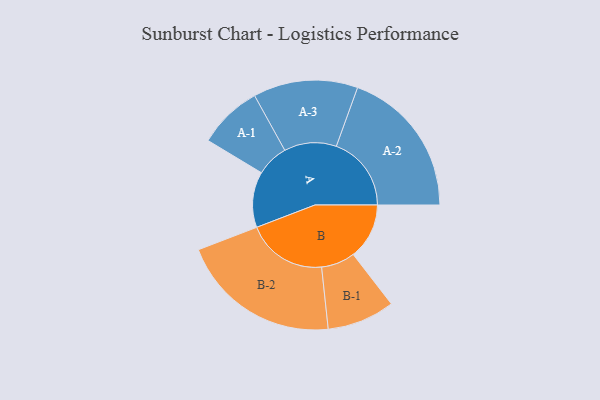
{"axis": {"x": "Segment", "y": "Value"}, "legend": ["", "A", "B"], "data": [{"x": "A", "y": 196, "type": ""}, {"x": "B", "y": 197, "type": ""}, {"x": "A-1", "y": 113, "type": "A"}, {"x": "A-2", "y": 264, "type": "A"}, {"x": "A-3", "y": 184, "type": "A"}, {"x": "B-1", "y": 119, "type": "B"}, {"x": "B-2", "y": 283, "type": "B"}]}